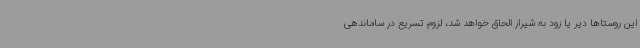
این روستاها دیر یا زود به شیراز الحاق خواهد شد، لزوم تسریع در ساماندهی